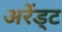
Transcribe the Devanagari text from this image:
अरेंड्ट